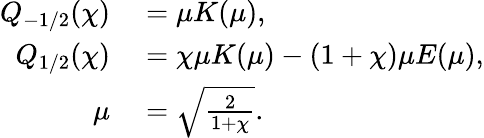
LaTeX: \begin{array}{rl}{Q_{-1/2}(\chi)}&{{}=\mu K(\mu),}\\ {Q_{1/2}(\chi)}&{{}=\chi\mu K(\mu)-(1+\chi)\mu E(\mu),}\\ {\mu}&{{}=\sqrt{\frac{2}{1+\chi}}.}\end{array}